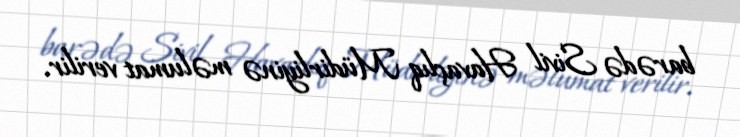
barədə Sivil Havaçlıq Müdirliyinə məlumat verilir.